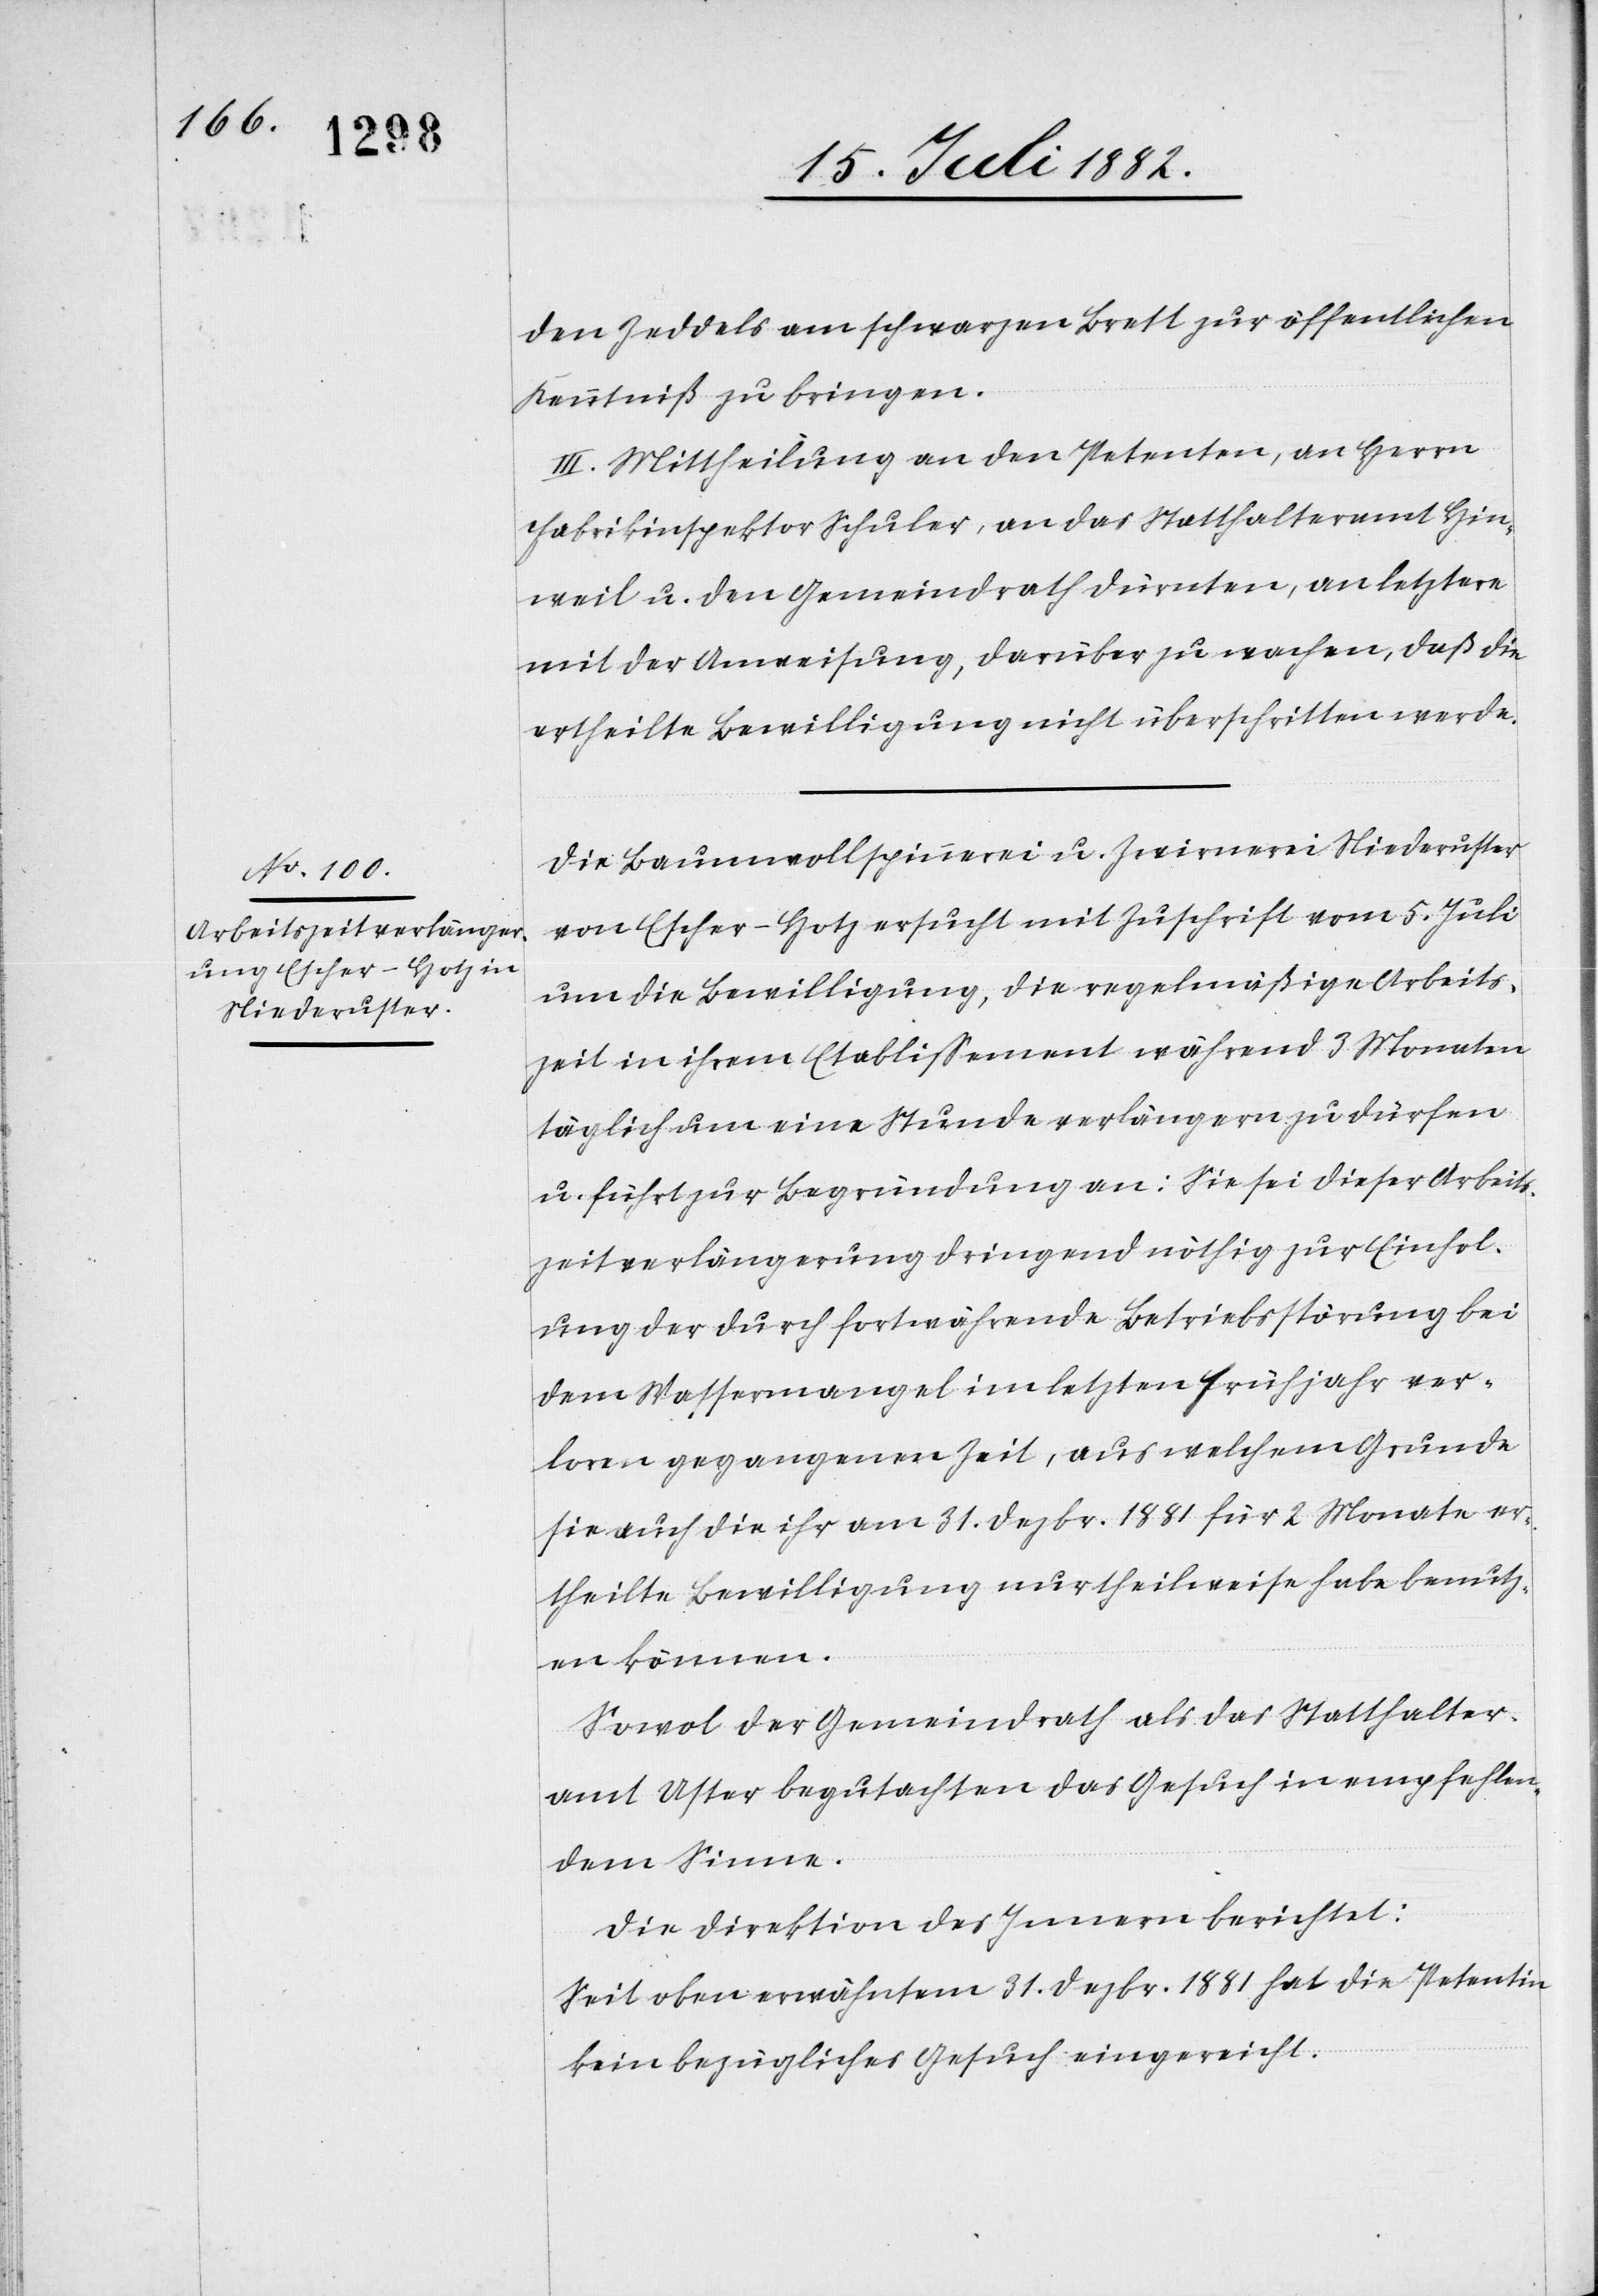
den Zeddels am schwarzen Brett zur öffentlichen
Kenntniß zu bringen.
III. Mittheilung an den Petenten, an Herrn
Fabrikinspektor Schuler, an das Statthalteramt Hin¬
weil u. den Gemeindrath Dürnten, an letztere
mit der Anweisung, darüber zu wachen, daß die
ertheilte Bewilligung nicht überschritten werde.
Die Baumwollspinnerei u. Zwirrnerei Niederuster
von Escher-Hotz ersucht mit Zuschrift vom 5. Juli
um die Bewilligung, die regelmäßige Arbeits¬
zeit in ihrem Etablissement während 3 Monaten
täglich um eine Stunde verlängern zu dürfen
u. führt zur Begründung an: Sie sei dieser Arbeits¬
zeitverlängerung dringend nöthig [sic!] zur Einhol¬
ung der durch fortwährende Betriebsstörung bei
dem Wassermangel im letzten Frühjahr ver¬
loren gegangenen Zeit, aus welchem Grunde
sie auch die ihr am 31. Dezbr. 1881 für 2 Monate er¬
theilte Bewilligung nur theilweise habe benutz¬
en können.
Sowol der Gemeindrath als das Statthalter¬
amt Uster begutachten das Gesuch in empfehlen¬
dem Sinne.
Die Direktion des Innern berichtet:
Seit oben erwähntem 31. Dezbr. 1881 hat die Petentin
kein bezügliches Gesuch eingereicht.